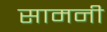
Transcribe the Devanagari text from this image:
सामनी